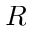
R